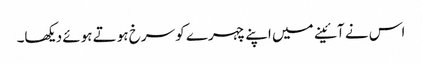
اس نے آئینے میں اپنے چہرے کو سرخ ہوتے ہوئے دیکھا۔